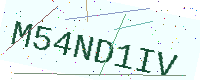
Text: M54ND1IV